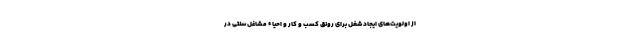
از اولویت‌های ایجاد شغل برای رونق کسب و کار و احیاء مشاغل سنتی در